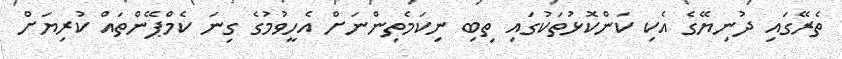
ތެރޭގައި ދުނިޔޭގެ އެކި ކަންކޮޅުތަކުގައި ތިބި ނިކަމެތިންނަށް އެހީވުމުގެ ގިނަ ކެމްޕޭންތައް ކުރިޔަށް